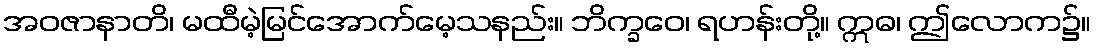
အဝဇာနာတိ၊ မထီမဲ့မြင်အောက်မေ့သနည်း။ ဘိက္ခဝေ၊ ရဟန်းတို့။ ဣဓ၊ ဤလောက၌။